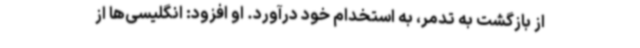
از بازگشت به تدمر، به استخدام خود درآورد. او افزود: انگلیسی‌ها از